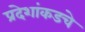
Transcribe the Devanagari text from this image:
प्रदेशांकडचे